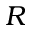
R